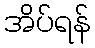
အိပ်ရန်